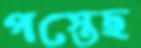
পস্তেছ